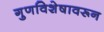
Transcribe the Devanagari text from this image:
गुणविशेषावरून